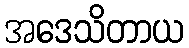
အဒေသိတာယ